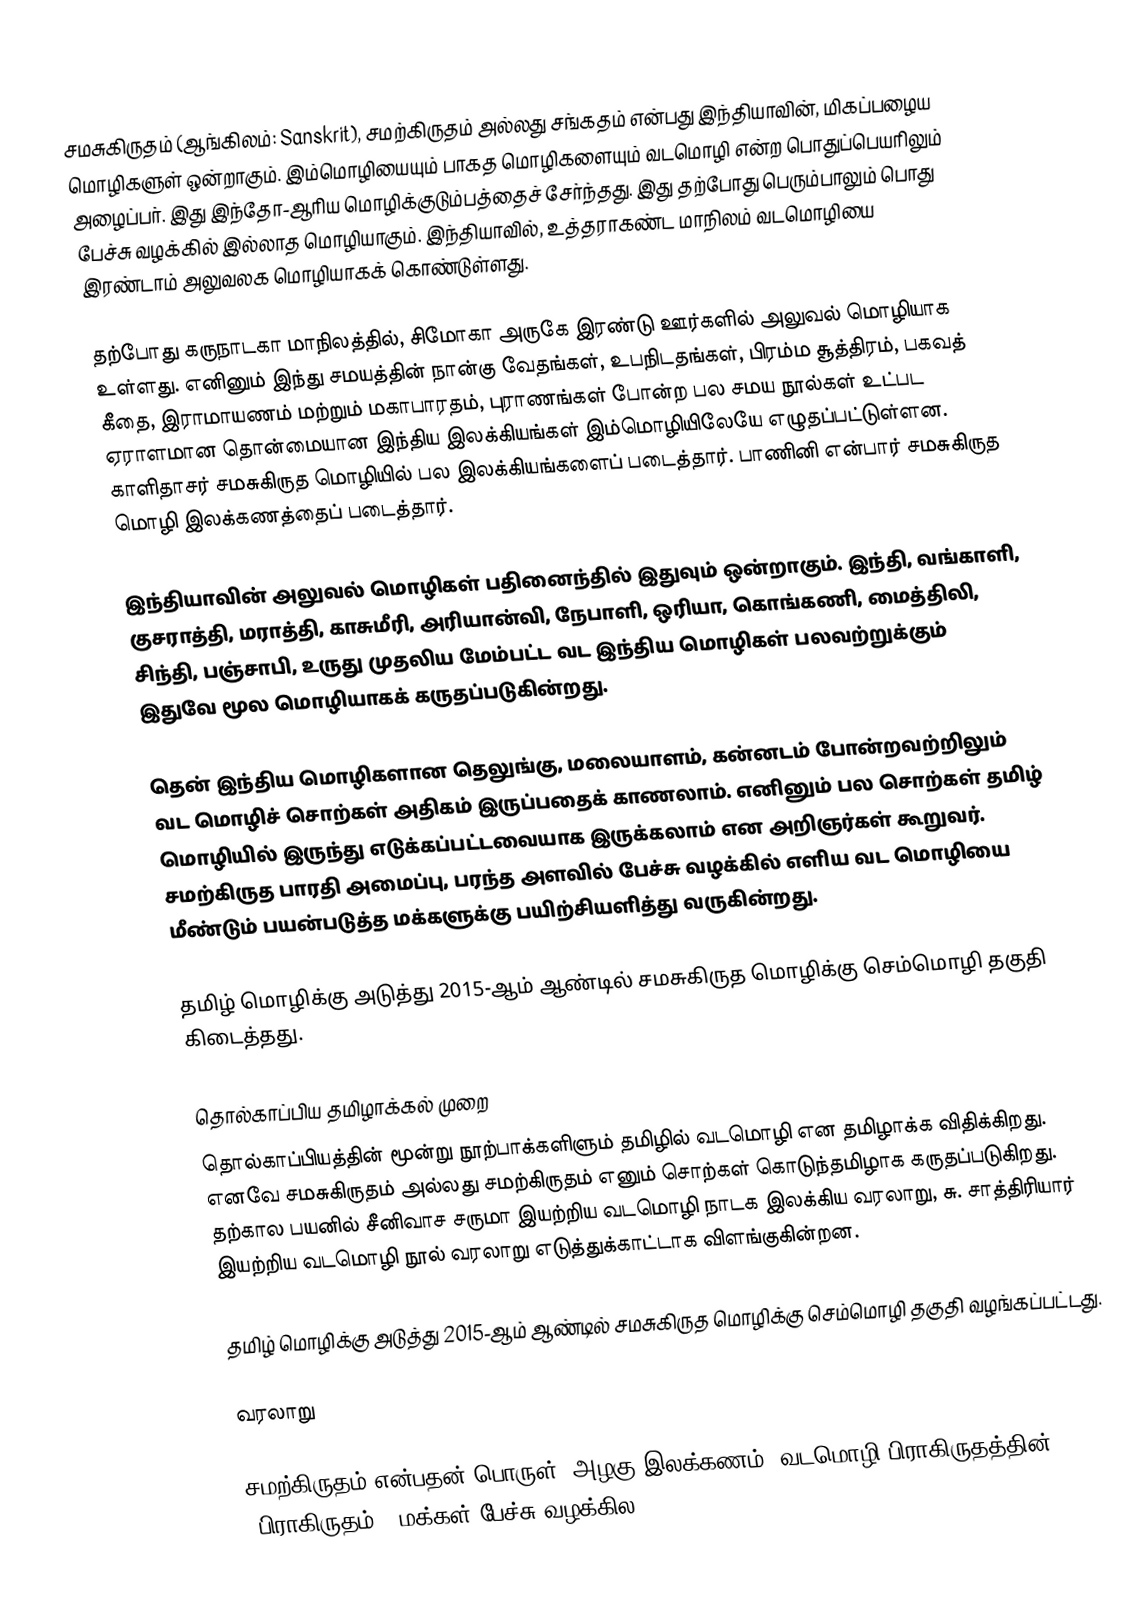
சமசுகிருதம் (ஆங்கிலம்: Sanskrit), சமற்கிருதம் அல்லது சங்கதம் என்பது இந்தியாவின், மிகப்பழைய மொழிகளுள் ஒன்றாகும். இம்மொழியையும் பாகத மொழிகளையும் வடமொழி என்ற பொதுப்பெயரிலும் அழைப்பர். இது இந்தோ-ஆரிய மொழிக்குடும்பத்தைச் சேர்ந்தது. இது தற்போது பெரும்பாலும் பொது பேச்சு வழக்கில் இல்லாத மொழியாகும். இந்தியாவில், உத்தராகண்ட மாநிலம் வடமொழியை இரண்டாம் அலுவலக மொழியாகக் கொண்டுள்ளது.

தற்போது கருநாடகா மாநிலத்தில், சிமோகா அருகே இரண்டு ஊர்களில் அலுவல் மொழியாக உள்ளது. எனினும் இந்து சமயத்தின் நான்கு வேதங்கள், உபநிடதங்கள், பிரம்ம சூத்திரம், பகவத் கீதை, இராமாயணம் மற்றும் மகாபாரதம், புராணங்கள் போன்ற பல சமய நூல்கள் உட்பட ஏராளமான தொன்மையான இந்திய இலக்கியங்கள் இம்மொழியிலேயே எழுதப்பட்டுள்ளன. காளிதாசர் சமசுகிருத மொழியில் பல இலக்கியங்களைப் படைத்தார். பாணினி என்பார் சமசுகிருத மொழி இலக்கணத்தைப் படைத்தார்.

இந்தியாவின் அலுவல் மொழிகள் பதினைந்தில் இதுவும் ஒன்றாகும். இந்தி, வங்காளி, குசராத்தி, மராத்தி, காசுமீரி, அரியான்வி, நேபாளி, ஒரியா, கொங்கணி, மைத்திலி, சிந்தி, பஞ்சாபி, உருது முதலிய மேம்பட்ட வட இந்திய மொழிகள் பலவற்றுக்கும் இதுவே மூல மொழியாகக் கருதப்படுகின்றது.

தென் இந்திய மொழிகளான  தெலுங்கு, மலையாளம், கன்னடம் போன்றவற்றிலும் வட மொழிச் சொற்கள் அதிகம் இருப்பதைக் காணலாம். எனினும் பல சொற்கள் தமிழ் மொழியில் இருந்து எடுக்கப்பட்டவையாக இருக்கலாம் என அறிஞர்கள் கூறுவர். சமற்கிருத பாரதி அமைப்பு, பரந்த அளவில் பேச்சு வழக்கில் எளிய வட மொழியை மீண்டும் பயன்படுத்த மக்களுக்கு பயிற்சியளித்து வருகின்றது.

தமிழ் மொழிக்கு அடுத்து 2015-ஆம் ஆண்டில் சமசுகிருத மொழிக்கு செம்மொழி தகுதி கிடைத்தது.

தொல்காப்பிய தமிழாக்கல் முறை
தொல்காப்பியத்தின் மூன்று நூற்பாக்களிளும் தமிழில் வடமொழி என தமிழாக்க விதிக்கிறது. எனவே சமசுகிருதம் அல்லது சமற்கிருதம் எனும் சொற்கள் கொடுந்தமிழாக கருதப்படுகிறது. தற்கால பயனில்  சீனிவாச சருமா இயற்றிய வடமொழி  நாடக  இலக்கிய வரலாறு, சு. சாத்திரியார் இயற்றிய வடமொழி நூல் வரலாறு எடுத்துக்காட்டாக விளங்குகின்றன.

தமிழ் மொழிக்கு அடுத்து 2015-ஆம் ஆண்டில் சமசுகிருத மொழிக்கு செம்மொழி தகுதி வழங்கப்பட்டது.

வரலாறு

சமற்கிருதம் என்பதன் பொருள் (அழகு/இலக்கணம்) வடமொழி பிராகிருதத்தின் (பிராகிருதம் = மக்கள் பேச்சு வழக்கில